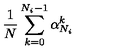
{ \frac { 1 } { N } } \sum _ { k = 0 } ^ { N _ { i } - 1 } \alpha _ { N _ { i } } ^ { k }